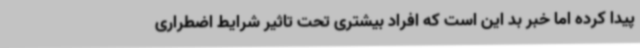
پیدا کرده اما خبر بد این است که افراد بیشتری تحت تاثیر شرایط اضطراری